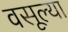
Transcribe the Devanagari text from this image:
वसूल्या